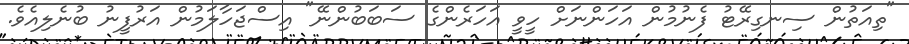
"ތިއަތުން ސިނގިރޭޓު ފެނުމުން އަހަންނަށް ހީވީ އަހަރެންގެ ސަބަބުންނޭ" އިސްޖަހާލަމުން އަރުފީނު ބުނެލިއެވެ.